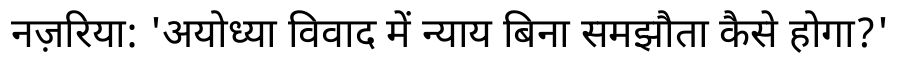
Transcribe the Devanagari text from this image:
नज़रिया: 'अयोध्या विवाद में न्याय बिना समझौता कैसे होगा?'